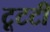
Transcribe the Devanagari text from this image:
टूटटी